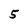
Character: 5